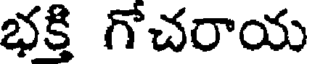
భక్తి గోచరాయ